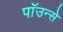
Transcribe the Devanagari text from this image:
पाॅउन्से